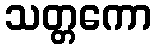
သတ္တကော